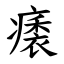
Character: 㿆